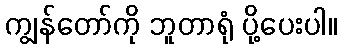
ကျွန်တော်ကို ဘူတာရုံ ပို့ပေးပါ။